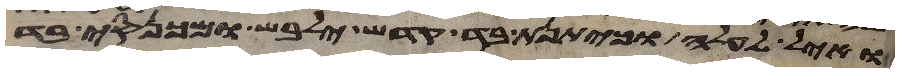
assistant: ואיל לעלה וכיתנת בד קדש ילבש ומכנסי בד